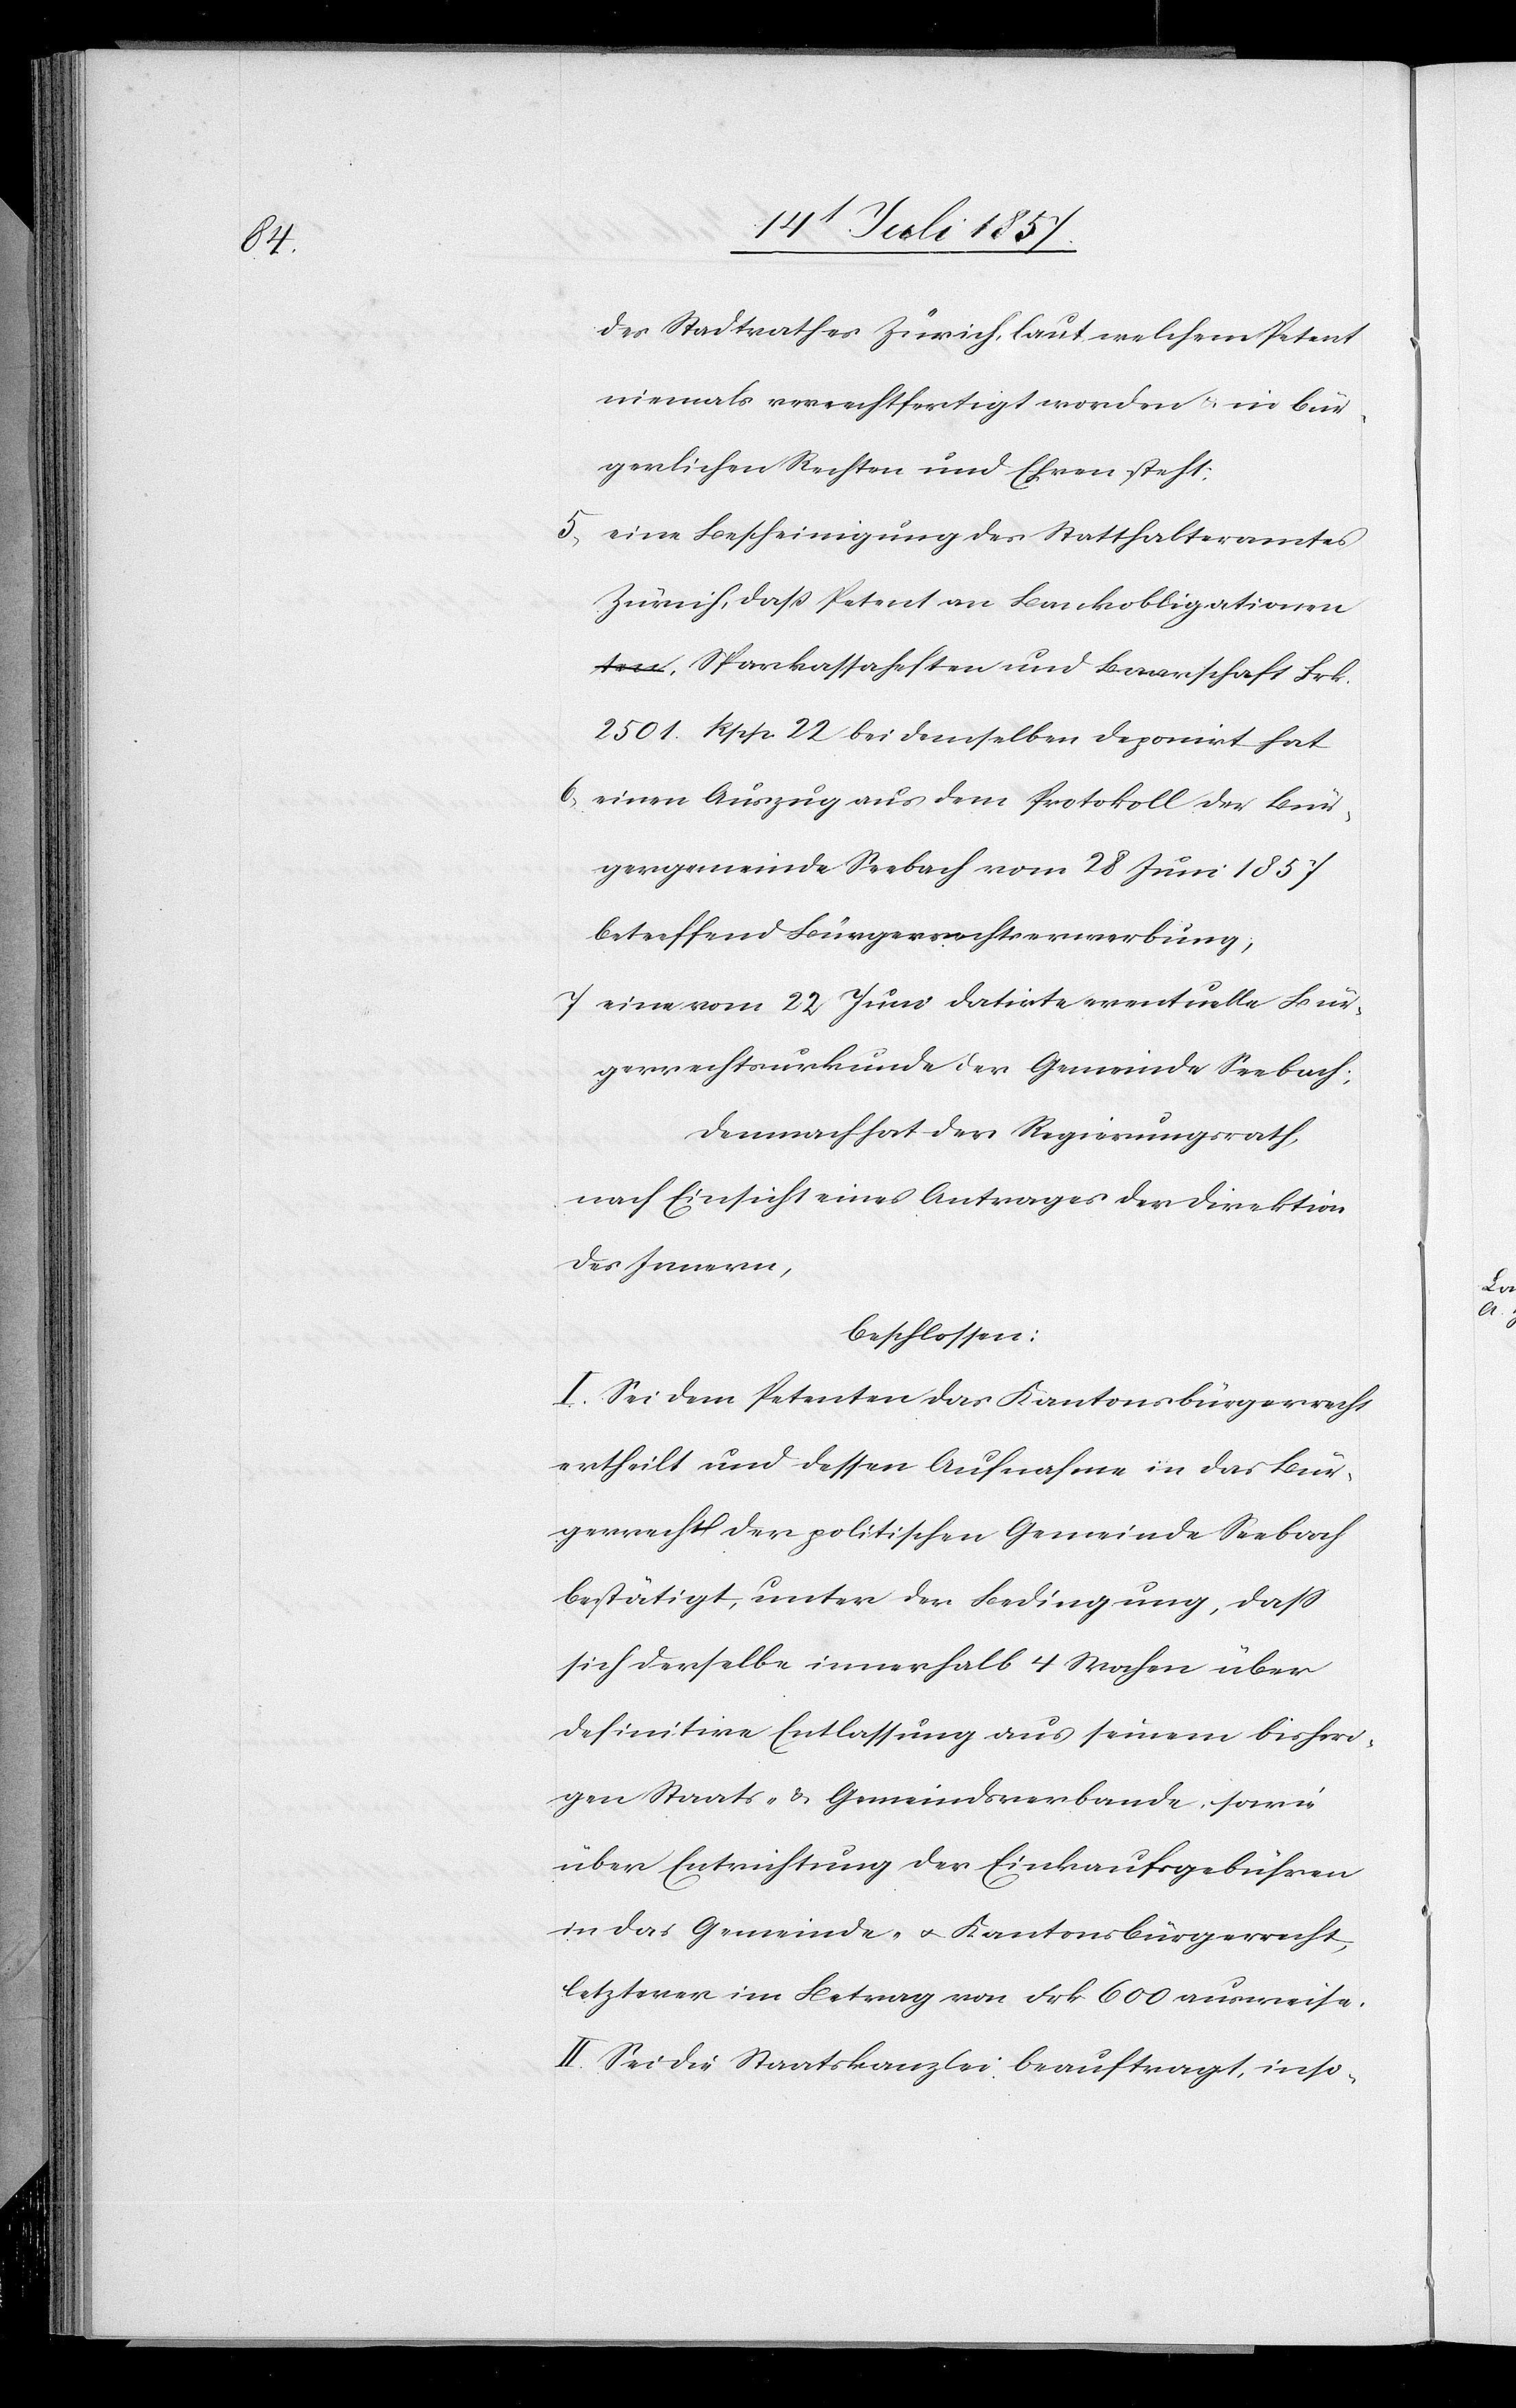
des Stadtrathes Zürich, laut welchem Petent
niemals verrechtfertigt [sic!] worden & in bür¬
gerlichen Rechten und Ehren steht:
5. eine Bescheinigung des Statthalteramtes
Zürich, daß Petent an Bankobligatione¬
n, Sparkassaheften und Baarschaft Frk.
2 501. Rpp. 22 bei demselben deponirt hat.
6. einen Auszug aus dem Protokoll des Bür¬
gergemeinde Seebach vom 28 Juni 1857
betreffend Bürgerrechtserwerbung,
7. eine vom 22 Juni datirte eventuelle Bür¬
gerrechtsurkunde der Gemeinde Seebach;
Demnach hat der Regierungsrath,
nach Einsicht eines Antrages der Direktion
des Innern,
beschlossen:
I. Sei dem Petenten das Kantonsbürgerrecht
ertheilt und dessen Aufnahme in das Bür¬
gerrecht der politischen Gemeinde Seebach
bestätigt, unter der Bedingung, daß
sich derselbe innerhalb 4 Wochen über
definitive Entlassung aus seinem bisheri¬
gen Staats- & Gemeindsverbande sowie
über Entrichtung der Einkaufsgebühren
in das Gemeinde- & Kantonsbürgerrecht,
letzterer im Betrage von Frk. 600 ausweise.
II. Sei die Staatskanzlei beauftragt, inso-